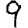
Digit: 9